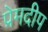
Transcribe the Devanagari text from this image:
प्रेमदीप